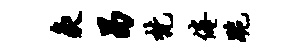
灸曷梵倦跪